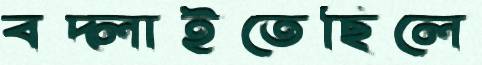
বদ্‌লাইতেছিলে